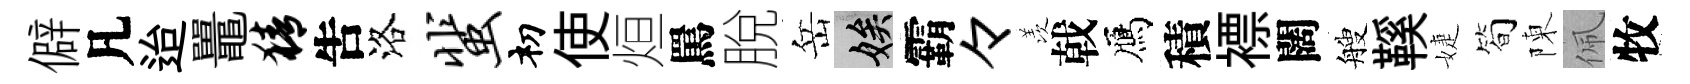
僻凡迨鼉猜吿洛蜚𥘉使烜罵脫岳娭霸々羡戟鴈積褾闊艘鞵婕简陳佩牧